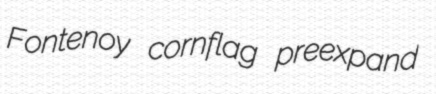
Fontenoy cornflag preexpand